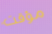
مؤقت